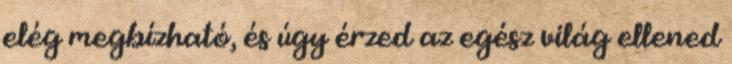
elég megbízható, és úgy érzed az egész világ ellened